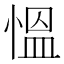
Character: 慍